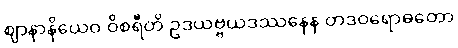
ဈာနာနိယေဝ ဝိစရီတိ ဥဒယဗ္ဗယဒဿနေန တဒဝရောဓတော